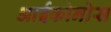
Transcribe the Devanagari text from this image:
आईकोनोस